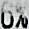
6%